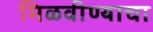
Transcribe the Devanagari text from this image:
मिळवीण्याचा